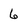
Character: 6